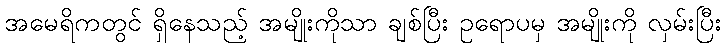
အမေရိကတွင် ရှိနေသည့် အမျိုးကိုသာ ချစ်ပြီး ဥရောပမှ အမျိုးကို လှမ်းပြီး